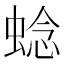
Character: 𬠖